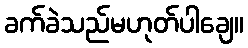
ခက်ခဲသည်မဟုတ်ပါချေ။